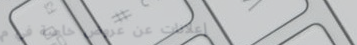
إعلانات عن عروض خاصة في م